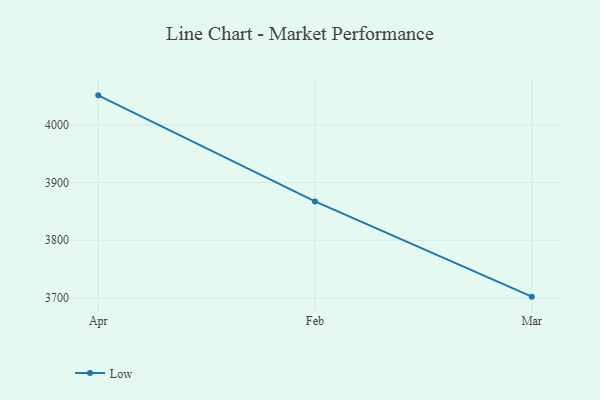
{"axis": {"x": "Month", "y": "Bounce Rate (%)"}, "legend": ["Low"], "data": [{"x": "Apr", "y": 4051.1, "type": "Low"}, {"x": "Feb", "y": 3867.2, "type": "Low"}, {"x": "Mar", "y": 3702.1, "type": "Low"}]}